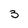
Character: 3